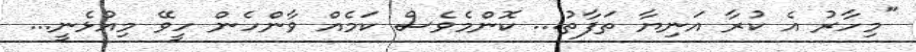
"މިހާރު އެ ކުރާ އަނިޔާ ތަފާތު... ކޮންމެވެސް ކަމެއް ވާންހެން ހީވޭ މިއުޅެނީ...